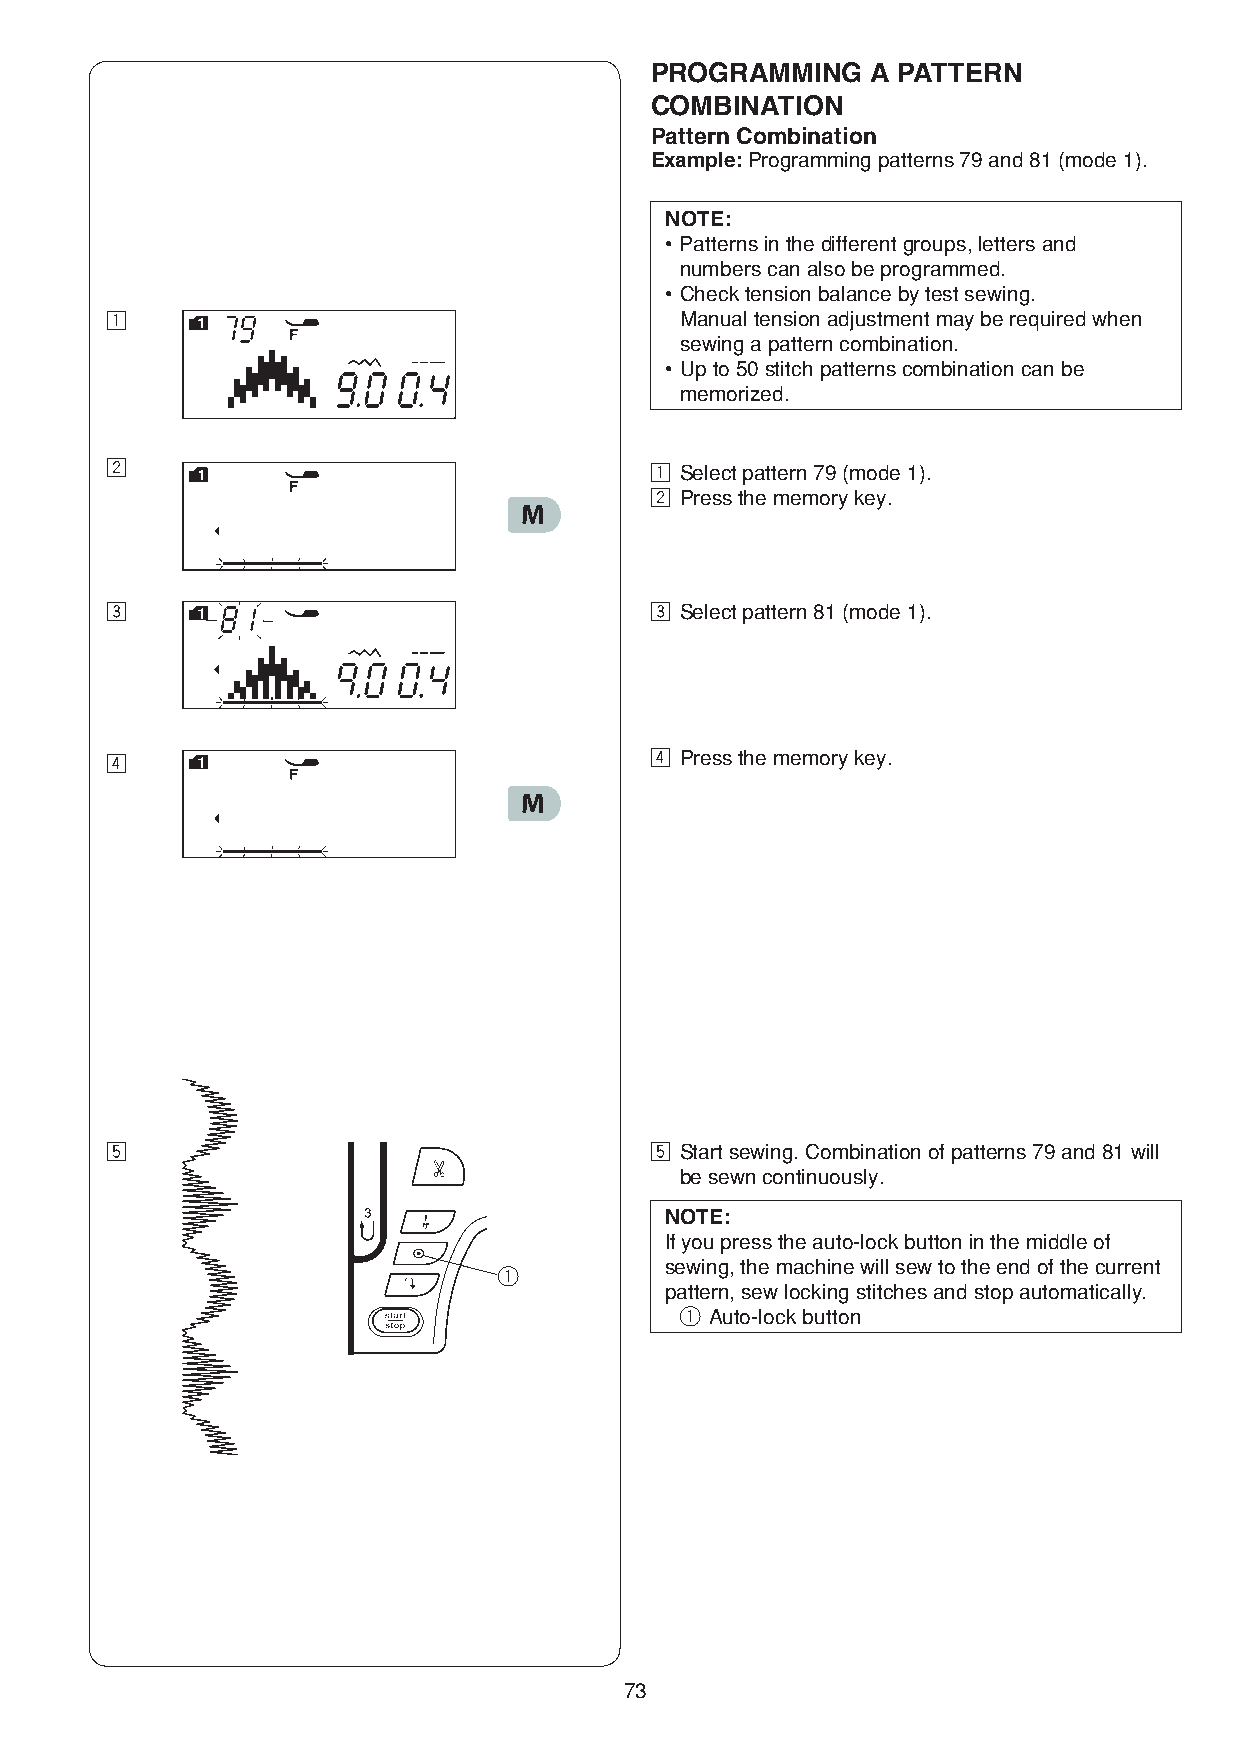
PROGRAMMING    A PATTERN
 COMBINATION
 Pattern Combination
 Example: Programming patterns 79 and 81 (mode 1).
 NOTE:
 • Patterns in the different groups, letters and
 numbers can also be programmed.
 • Check tension balance by test sewing.
 z                                     Manual tension adjustment may be required when
 sewing a pattern combination.
 • Up to 50 stitch patterns combination can be
 memorized.
 x                                   z Select pattern 79 (mode 1).
 x Press the memory key.
 c                                   c Select pattern 81 (mode 1).
 v                                   v Press the memory key.
 b                                   b Start sewing. Combination of patterns 79 and 81 will
 be sewn continuously.
 NOTE:
 If you press the auto-lock button in the middle of
 sewing, the machine will sew to the end of the current
 q
 pattern, sew locking stitches and stop automatically.
 q Auto-lock button
 73